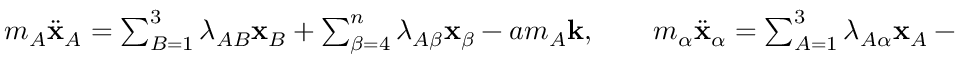
\begin{array} { r } { m _ { A } \ddot { \bf x } _ { A } = \sum _ { B = 1 } ^ { 3 } \lambda _ { A B } { \bf x } _ { B } + \sum _ { \beta = 4 } ^ { n } \lambda _ { A \beta } { \bf x } _ { \beta } - a m _ { A } { \bf k } , \qquad m _ { \alpha } \ddot { \bf x } _ { \alpha } = \sum _ { A = 1 } ^ { 3 } \lambda _ { A \alpha } { \bf x } _ { A } - a m _ { \alpha } { \bf k } . } \end{array}